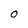
Character: O